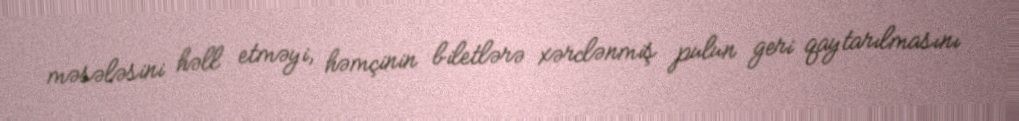
məsələsini həll etməyi, həmçinin biletlərə xərclənmiş pulun geri qaytarılmasını